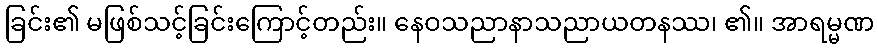
ခြင်း၏ မဖြစ်သင့်ခြင်းကြောင့်တည်း။ နေဝသညာနာသညာယတနဿ၊ ၏။ အာရမ္မဏ